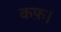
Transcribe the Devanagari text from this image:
कफ़।